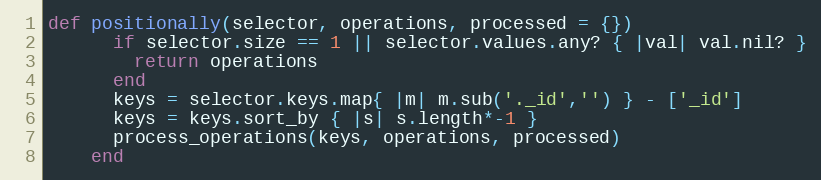
Language: Ruby
def positionally(selector, operations, processed = {})
      if selector.size == 1 || selector.values.any? { |val| val.nil? }
        return operations
      end
      keys = selector.keys.map{ |m| m.sub('._id','') } - ['_id']
      keys = keys.sort_by { |s| s.length*-1 }
      process_operations(keys, operations, processed)
    end